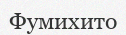
Фумихито